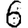
Digit: 6